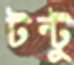
টন্টু